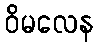
ဝိမလေန